Madras plague regulations in force outside the Presidency town - Volume 2
Disease focus: Plague
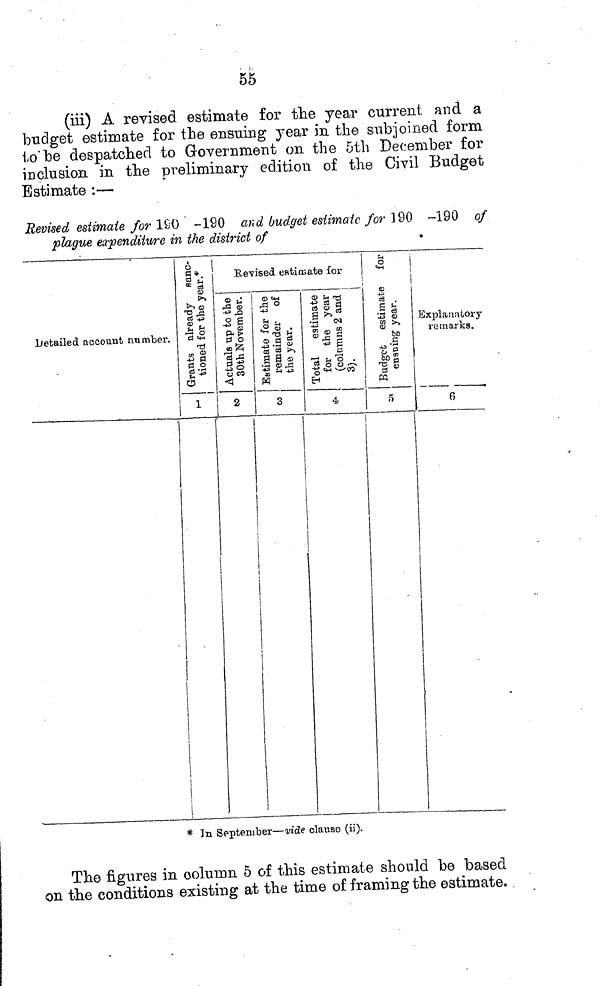
55
(iii) A revised estimate for the year current and a
budget estimate for the ensuing year in the subjoined form
to'be despatched to Government on the 5th December for
inclusion in the preliminary edition of the Civil Budget
Estimate :—
Revised estimate for 160 -190 and budget estímate for 190 -190 of
plague expenditure in the district of
Ketailed account number.
à tí* tí ¡\
« a
03
t>>
t>~> a>
'S-«
«t tj f-1
-S.S ts
» s
il o
1
Revised estimate for
S î
-d <D
•*=> 0
S
-w g
S-P1 0
<o ¡25
'S rí2
ö -* 11
S o
e,- co
<4
2
<D M-t
5°•
§a
•S'il ça g P|
l5
•£ * 43
W
3
» ^1 T3
4= C3 H
!& s
• S
(M
w
(D S
« J g
4= S
a
'd ël--
-g «8 A«
H
4
0
t
*-(
<D
"S .
.g S
43 o
s Î
5D
lo| g
W
5
Explanatory
remarks.
G
* Tu September—vide claiase (ii).
The figures in column 5 of this estimate should be based
on the conditions existing at the time of framing the estimate.